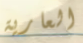
العارية